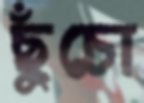
ছুঁচো